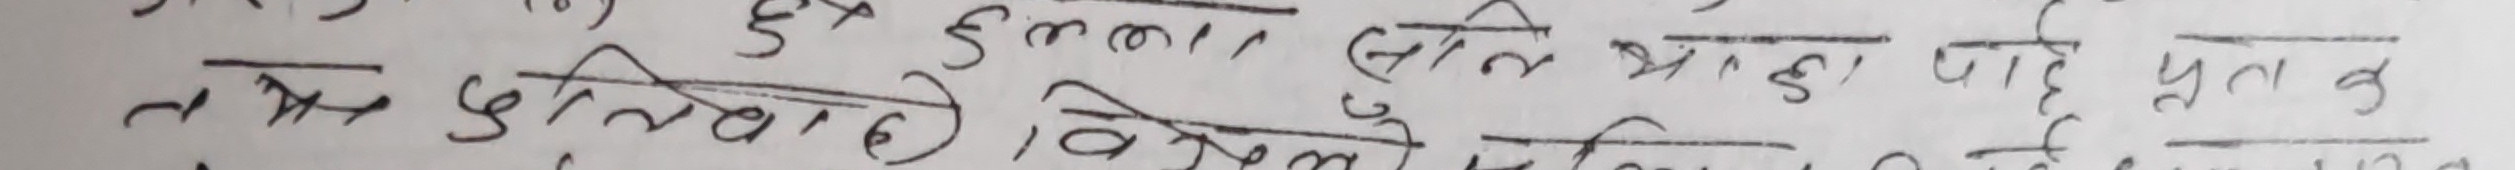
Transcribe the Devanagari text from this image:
हुँडालमा, (अनि भएको चाहे पुत्क